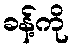
ခန့်ကို